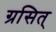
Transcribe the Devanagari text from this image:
ग्रसित्